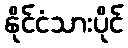
နိုင်ငံသားပိုင်